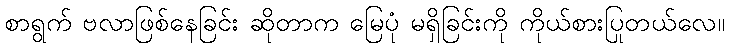
စာရွက် ဗလာဖြစ်နေခြင်း ဆိုတာက မြေပုံ မရှိခြင်းကို ကိုယ်စားပြုတယ်လေ။